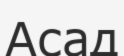
Асад